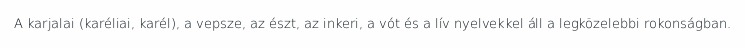
A karjalai (karéliai, karél), a vepsze, az észt, az inkeri, a vót és a lív nyelvekkel áll a legközelebbi rokonságban.